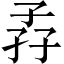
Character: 孨